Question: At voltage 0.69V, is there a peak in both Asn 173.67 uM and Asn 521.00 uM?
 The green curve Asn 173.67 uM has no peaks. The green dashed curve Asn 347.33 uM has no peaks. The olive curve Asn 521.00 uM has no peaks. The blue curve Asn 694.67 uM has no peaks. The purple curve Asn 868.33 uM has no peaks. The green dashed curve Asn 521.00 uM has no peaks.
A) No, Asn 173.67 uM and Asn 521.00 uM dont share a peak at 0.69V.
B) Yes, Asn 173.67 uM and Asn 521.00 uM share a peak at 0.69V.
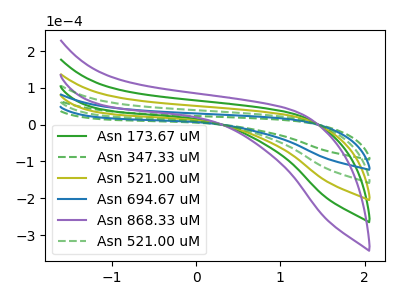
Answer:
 <answer>A) No, "Asn 173.67 uM" and "Asn 521.00 uM" dont share a peak at 0.69V.</answer>
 <eval>A</eval>